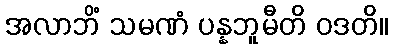
အလာဘိံ သမဏံ ပန္နဘူမီတိ ဝဒတိ။